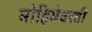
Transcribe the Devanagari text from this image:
मोहिमेवरती